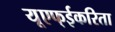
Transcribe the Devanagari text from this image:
यूएफ्ईकरिता